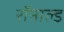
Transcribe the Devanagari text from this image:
रॉनाल्ड